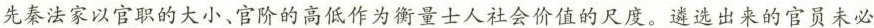
先秦法家以官职的大小、官阶的高低作为衡量士人社会价值的尺度。遴选出来的官员未必